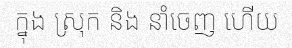
ក្នុង ស្រុក និង នាំចេញ ហើយ